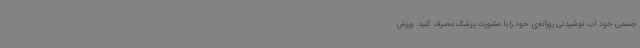
جسمی خود آب نوشیدنی روزانه‌ی خود را با مشورت پزشک مصرف کنید. ورزش